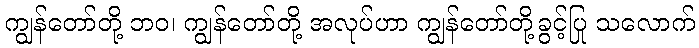
ကျွန်တော်တို့ ဘဝ၊ ကျွန်တော်တို့ အလုပ်ဟာ ကျွန်တော်တို့ခွင့်ပြု သလောက်